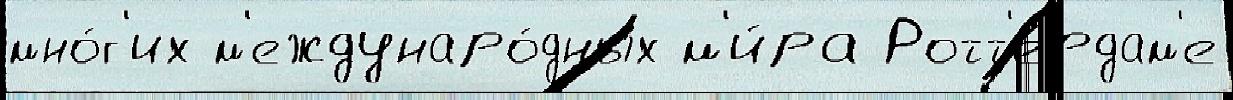
мно́г'их м'еждунаро́дных м'и́ра Ротт'ердам'е